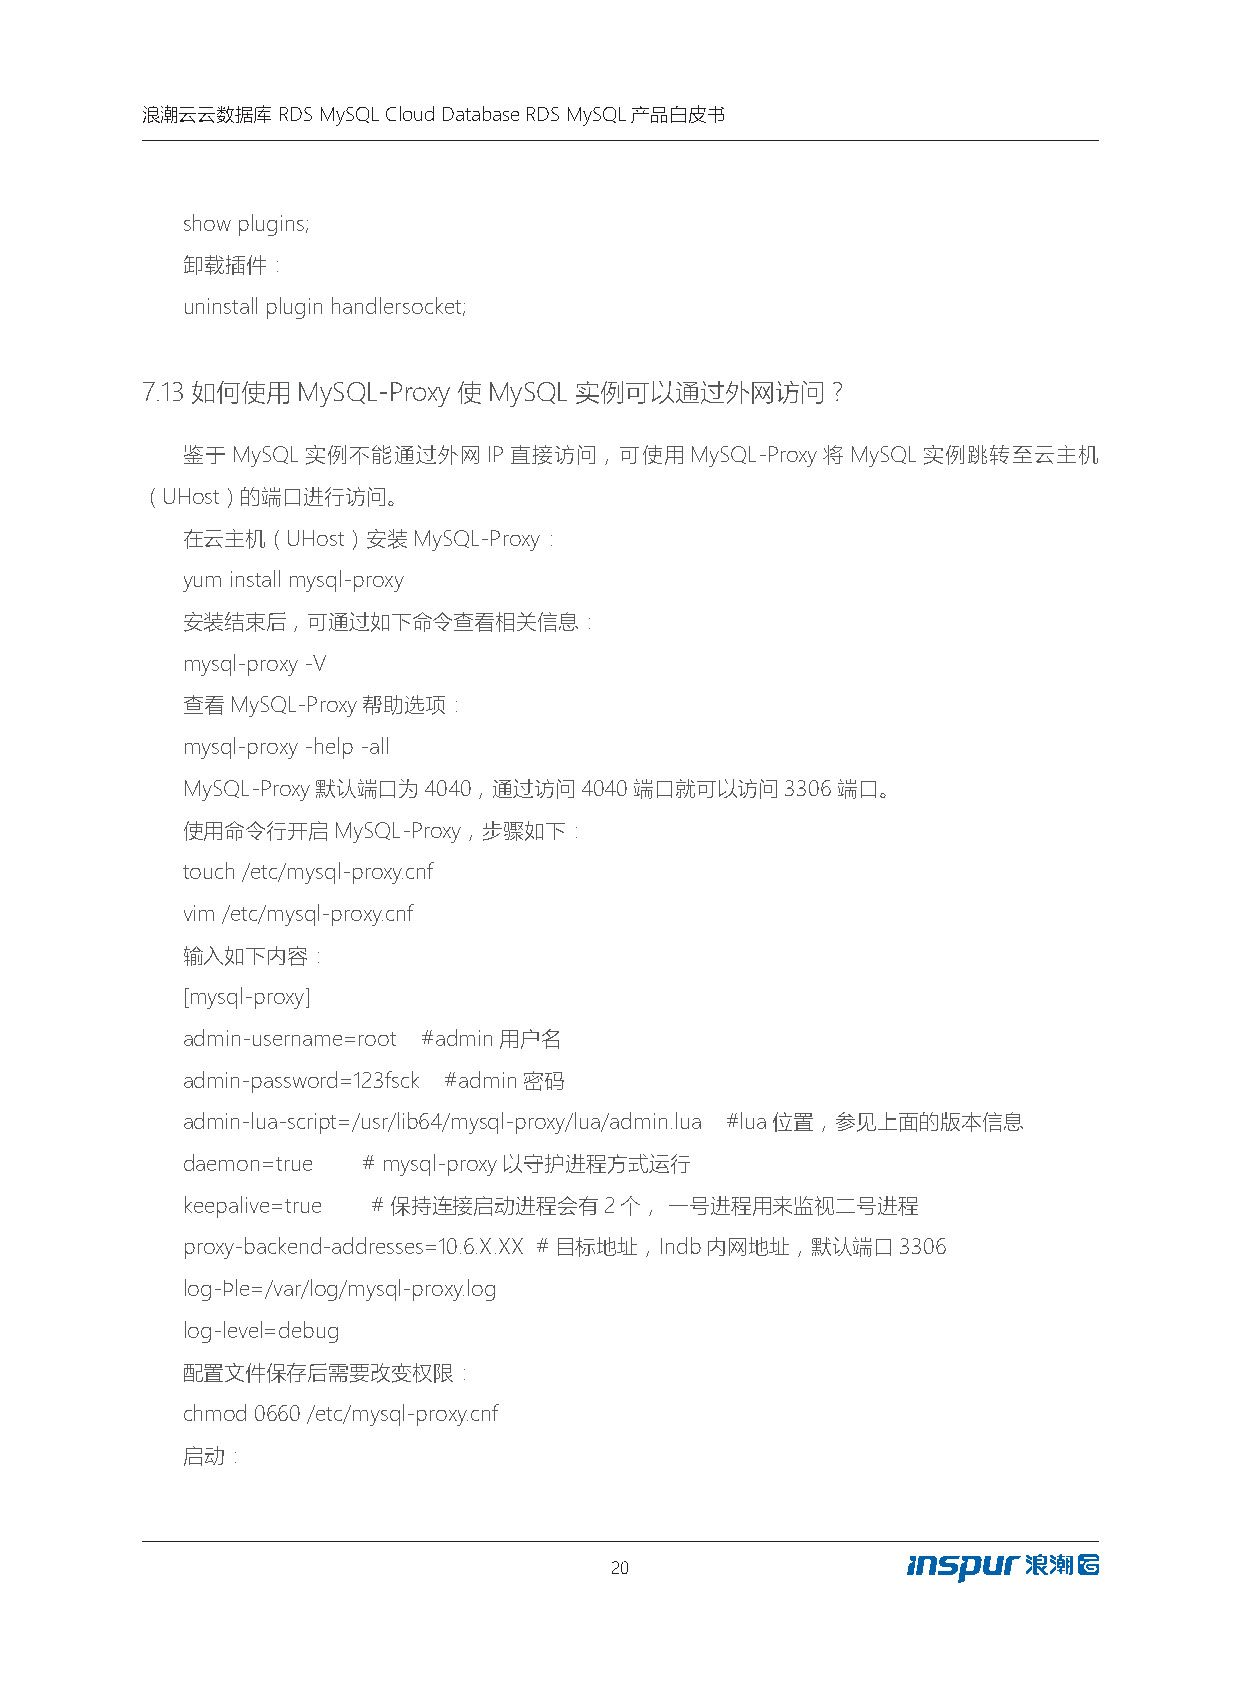
浪潮云云数据库  RDS MySQL Cloud Database RDS MySQL产品白皮书
 show plugins;
 卸载插件：
 uninstall plugin handlersocket;
 7.13如何使用MySQL-Proxy使MySQL    实例可以通过外网访问？
 鉴于MySQL实例不能通过外网IP直接访问，可使用MySQL-Proxy将MySQL实例跳转至云主机
 （UHost）的端口进行访问。
 在云主机（UHost）安装MySQL-Proxy：
 yum install mysql-proxy
 安装结束后，可通过如下命令查看相关信息：
 mysql-proxy -V
 查看MySQL-Proxy帮助选项：
 mysql-proxy -help -all
 MySQL-Proxy默认端口为4040，通过访问4040端口就可以访问3306端口。
 使用命令行开启MySQL-Proxy，步骤如下：
 touch /etc/mysql-proxy.cnf
 vim /etc/mysql-proxy.cnf
 输入如下内容：
 [mysql-proxy]
 admin-username=root #admin用户名
 admin-password=123fsck #admin密码
 admin-lua-script=/usr/lib64/mysql-proxy/lua/admin.lua #lua位置，参见上面的版本信息
 daemon=true # mysql-proxy以守护进程方式运行
 keepalive=true #保持连接启动进程会有2个，   一号进程用来监视二号进程
 proxy-backend-addresses=10.6.X.XX #目标地址，Indb内网地址，默认端口3306
 log-file=/var/log/mysql-proxy.log
 log-level=debug
 配置文件保存后需要改变权限：
 chmod 0660 /etc/mysql-proxy.cnf
 启动：
 20